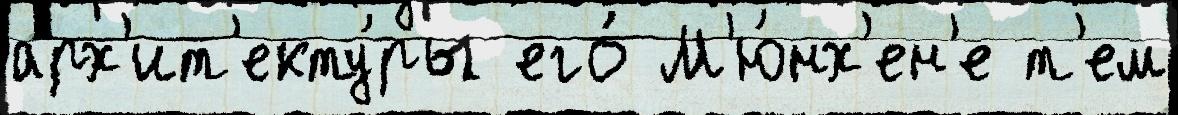
арх'ит'екту́ры его́ М'ю́нх'ен'е т'ем